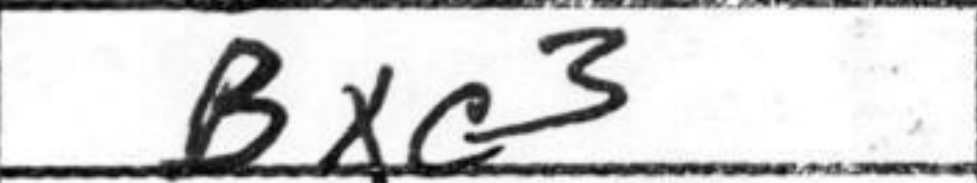
Transcription: Bxc3